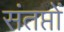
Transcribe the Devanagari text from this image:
संतप्तों